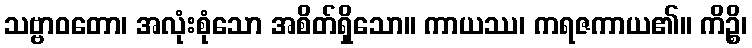
သဗ္ဗာဝတော၊ အလုံးစုံသော အစိတ်ရှိသော။ ကာယဿ၊ ကရဇကာယ၏။ ကိဉ္စိ၊